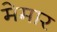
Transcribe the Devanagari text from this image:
मेमार